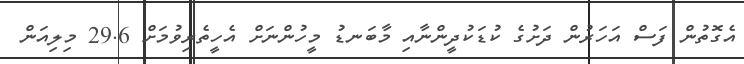
އެގޮތުން ފަސް އަހަރުން ދަށުގެ ކުޑަކުދީންނާއި މާބަނޑު މީހުންނަށް އެހީތެރިވުމަށް 29.6 މިލިއަން